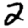
Digit: 2